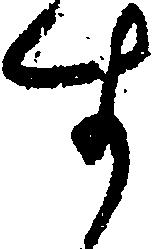
す